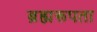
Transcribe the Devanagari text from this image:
ब्रह्मरूपता